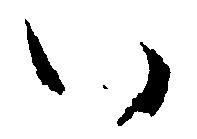
い